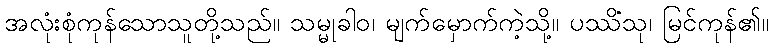
အလုံးစုံကုန်သောသူတို့သည်။ သမ္မုခါဝ၊ မျက်မှောက်ကဲ့သို့။ ပဿိံသု၊ မြင်ကုန်၏။